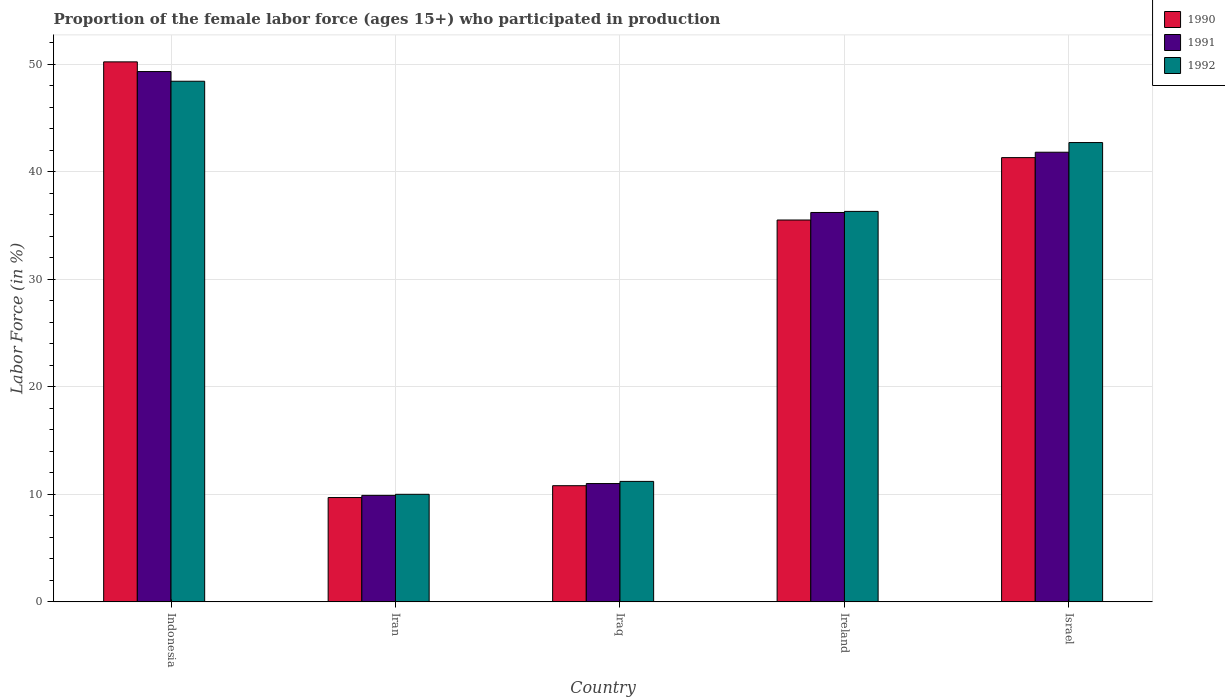
| Country | 1990 | 1991 | 1992 |
 | --- | --- | --- | --- |
 | Indonesia | 50.2 | 49.3 | 48.4 |
 | Iran | 9.7 | 9.9 | 10 |
 | Iraq | 10.8 | 11 | 11.2 |
 | Ireland | 35.5 | 36.2 | 36.3 |
 | Israel | 41.3 | 41.8 | 42.7 |